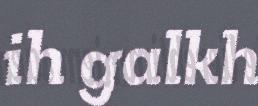
ih galkh